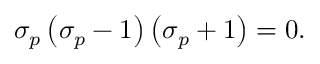
\sigma _ { p } \left( \sigma _ { p } - 1 \right) \left( \sigma _ { p } + 1 \right) = 0 .